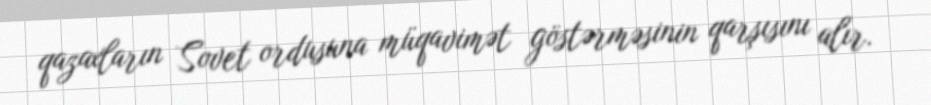
qazaxların Sovet ordusuna müqavimət göstərməsinin qarşısını alır.